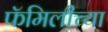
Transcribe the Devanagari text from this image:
फॅमिलीच्या